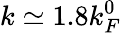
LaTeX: k\simeq 1.8k_{F}^{0}